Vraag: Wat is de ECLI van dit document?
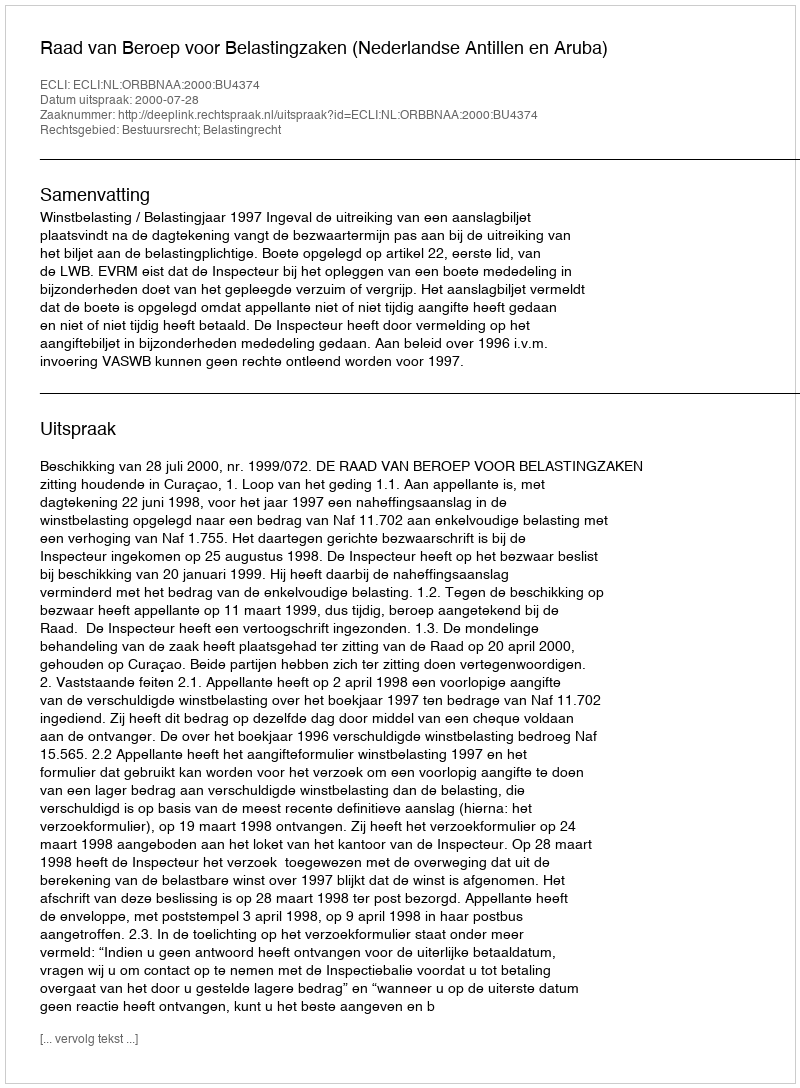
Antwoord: ECLI:NL:ORBBNAA:2000:BU4374